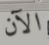
الآن